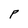
Character: P